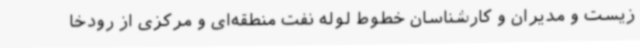
زیست و مدیران و کارشناسان خطوط لوله نفت منطقه‌ای و مرکزی از رودخا